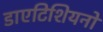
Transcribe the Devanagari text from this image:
डाएटिशियनों